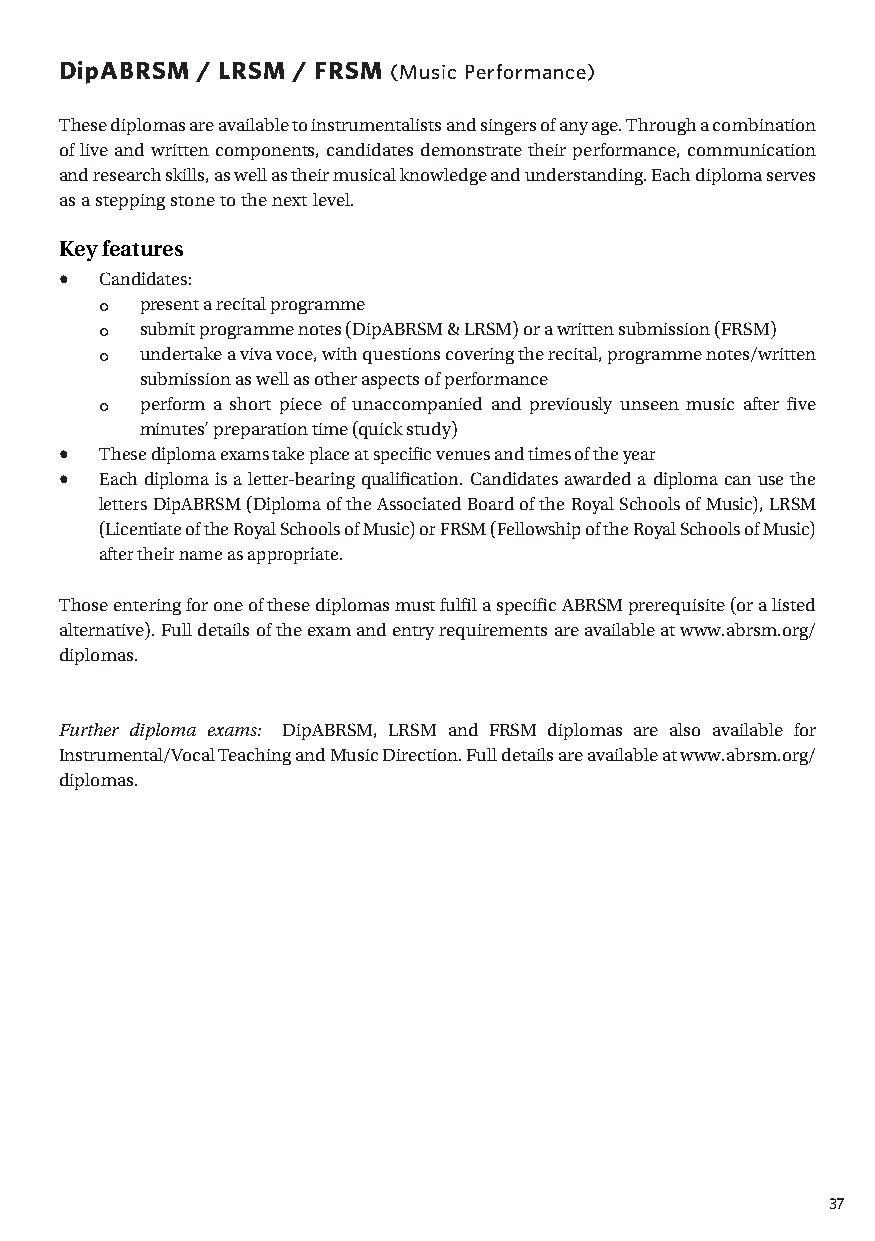
DipABRSM / LRSM / FRSM (Music Performance)
 T hese diplomas are available to instrumentalists and singers of any age. T hrough a combination
 of live and written components, candidates demonstrate their performance, communication
 and research skills, as well as their musical knowledge and understanding. Each diploma serves
 as a stepping stone to the next level.
 Key features
 •  Candidates:
 ° present a recital programme
 ° submit programme notes (DipABRSM & LRSM) or a written submission (FRSM)
 ° undertake a viva voce, with questions covering the recital, programme notes/written
 submission as well as other aspects of performance
 ° perform a short piece of unaccompanied and previously unseen music after five
 minutes’ preparation time (quick study)
 •  T hese diploma exams take place at specific venues and times of the year
 •  Each diploma is a letter-bearing qualification. Candidates awarded a diploma can use the
 letters DipABRSM (Diploma of the Associated Board of the Royal Schools of Music), LRSM
 (Licentiate of the Royal Schools of Music) or FRSM (Fellowship of the Royal Schools of Music)
 after their name as appropriate.
 T hose entering for one of these diplomas must fulfil a specific ABRSM prerequisite (or a listed
 alternative). Full details of the exam and entry requirements are available at www.abrsm.org/
 diplomas.
 Further diploma exams: DipABRSM, LRSM and FRSM diplomas are also available for
 Instrumental/Vocal Teaching and Music Direction. Full details are available at www.abrsm.org/
 diplomas.
 37